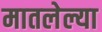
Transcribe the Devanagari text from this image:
मातलेल्या